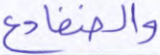
والضفادع